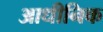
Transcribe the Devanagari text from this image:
आधीनिक